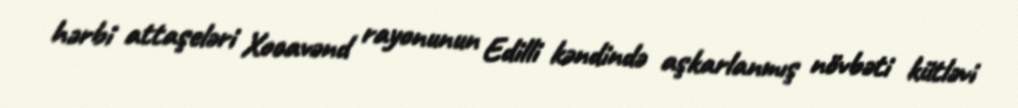
hərbi attaşeləri Xocavənd rayonunun Edilli kəndində aşkarlanmış növbəti kütləvi